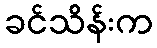
ခင်သိန်းက